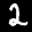
Label: 2